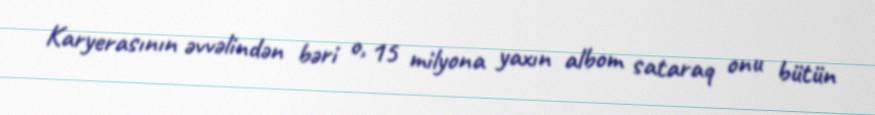
Karyerasının əvvəlindən bəri o, 15 milyona yaxın albom sataraq onu bütün